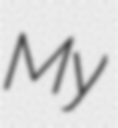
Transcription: My